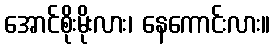
အောင်စိုးမိုးလား၊ နေကောင်းလား။